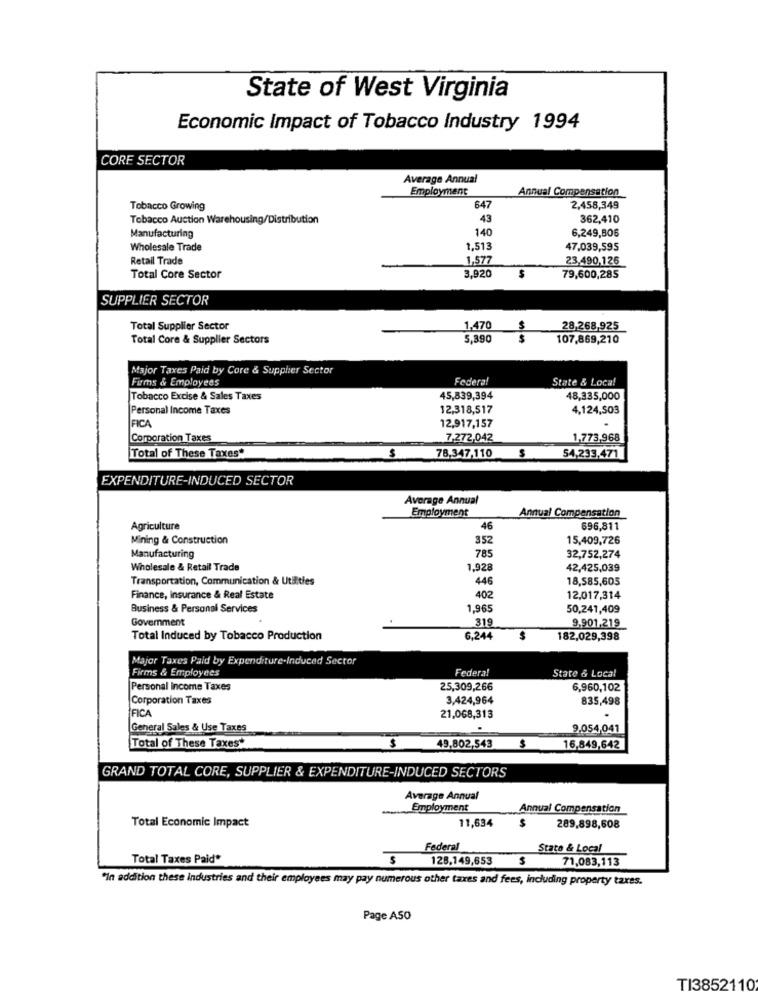
State of West Virginia
Economic Impact of Tobacco Industry 1994
CORE SECTOR
Average Annual
Employment
Annual Compensation
Tobacco Growing
647
2,458,349
Tobacco Auction Warehousing/Distribution
43
362,410
Manufacturing
140
6,249,806
Wholesale Trade
1,513
47,039,595
Retail Trade
1,577
23,490,126
3,920
Total Core Sector
79,600,285
SUPPLIER SECTOR
Total Supplier Sector
1,470
28,268,925
Total Core & Supplier Sectors
5,390
$
107,869,210
Major Taxes Paid by Core & Supplier Sector
Firms & Employees
Federal
State & Local
Tobacco Excise & Sales Taxes
45,839,394
48,335,000
Personal Income Taxes
12,318,517
4,124,503
12,917,157
FICA
Corporation Taxes
7,272,042
1,773,968
78,347,110
Total of These Taxes"
$
54,233,471
EXPENDITURE-INDUCED SECTOR
Average Annual
Employment
Annual Compensation
Agriculture
46
696,811
Mining & Construction
352
15,409,726
785
Manufacturing
32,752,274
Wholesale & Retail Trade
1,928
42,425,039
Transportation, Communication & Utilities
446
18,585,605
Finance, Insurance & Real Estate
402
12,017,314
Business & Personal Services
1,965
50,241,409
Government
319
9,901,219
Total Induced by Tobacco Production
6,244
182,029,398
Major Taxes Paid by Expenditure-Induced Sector
Firms & Employees
Federal
State & Local
Personal Income Taxes
25,309,266
6,960,102
Corporation Taxes
3,424,964
835,498
FICA
21,068,313
General Sales & Use Taxes
9,054,041
Total of These Taxes*
$
49,802,543 $
16,849,642
GRAND TOTAL CORE, SUPPLIER & EXPENDITURE-INDUCED SECTORS
Average Annual
Employment
Annual Compensation
Total Economic Impact
11,634
$
289,898,608
Federal
Stato & Local
Total Taxes Paid*
$
128,149,653
$
71,083,113
"In addition these industries and their employees may pay numerous other taxes and fees, including property taxes.
Page A50
TI3852110